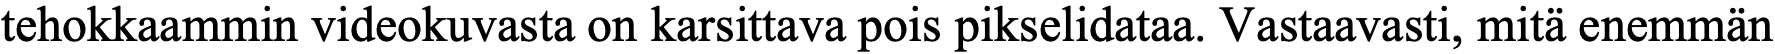
tehokkaammin videokuvasta on karsittava pois pikselidataa. Vastaavasti, mitä enemmän